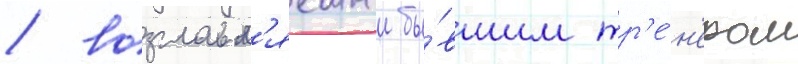
/ возглавл'яемыи бы́вшим тр'е́н'ером